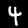
Label: 4